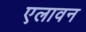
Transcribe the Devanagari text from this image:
एलावन